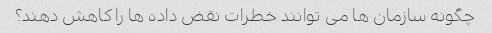
چگونه سازمان ها می توانند خطرات نقض داده ها را کاهش دهند؟